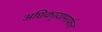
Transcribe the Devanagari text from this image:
अधिकार्‍यामार्फत